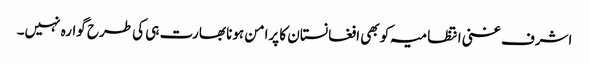
اشرف غنی انتظامیہ کو بھی افغانستان کا پرامن ہونا بھارت ہی کی طرح گوارہ نہیں۔